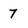
Character: 7